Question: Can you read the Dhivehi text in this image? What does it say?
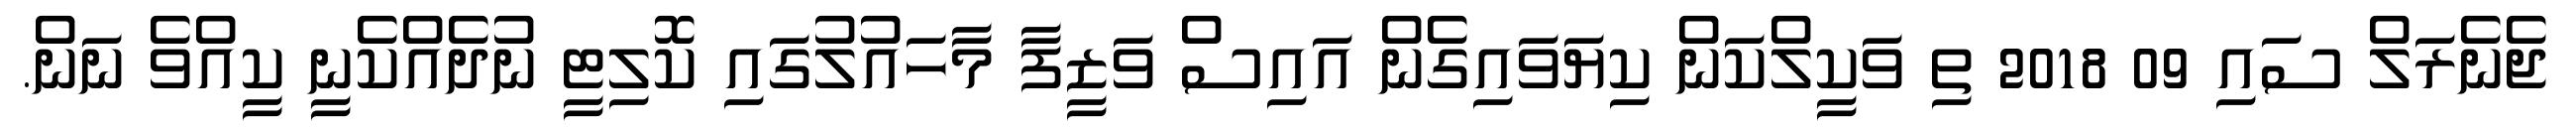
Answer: ޖެނެރަލް ސައި 09 2018 ތި ވަކީލްކަން ކިޔަވައިގެން އައިސް ވަޒީފާ މާހައުލުގައި ކޮލިޓީ ނުދެއްކެނީ ކީއްވެ ނަން.